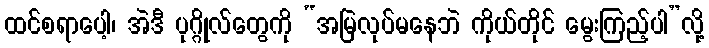
ထင်စရာပေါ့၊ အဲဒီ ပုဂ္ဂိုလ်တွေကို “အမြဲလုပ်မနေဘဲ ကိုယ်တိုင် မွေးကြည့်ပါ”လို့